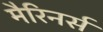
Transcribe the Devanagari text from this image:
मैरिनर्स